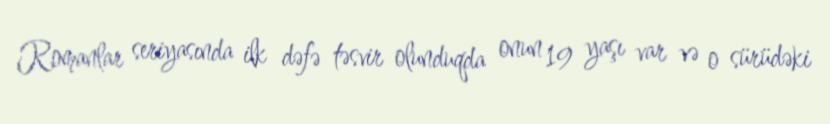
Romanlar seriyasında ilk dəfə təsvir olunduqda onun 19 yaşı var və o sürüdəki